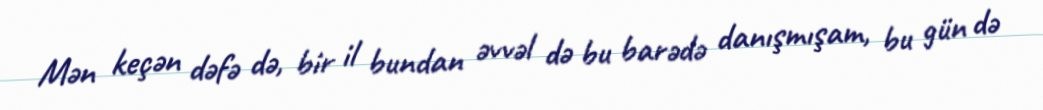
Mən keçən dəfə də, bir il bundan əvvəl də bu barədə danışmışam, bu gün də